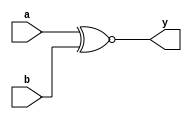
`timescale 1ns / 1ps

// 6 bit bitwise xnor operation

module bitwise_xnor(
   
    input [5:0] a,
    input [5:0] b, 
    output [5:0] y
    );

    assign y = a ~^b;
   
endmodule

/////////////////////////////////////